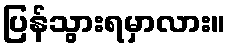
ပြန်သွားရမှာလား။